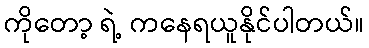
ကိုတော့ ရဲ့ ကနေရယူနိုင်ပါတယ်။